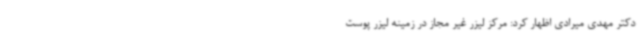
دکتر مهدی میرادی اظهار کرد: مرکز لیزر غیر مجاز در زمینه لیزر پوست